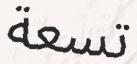
تسعة